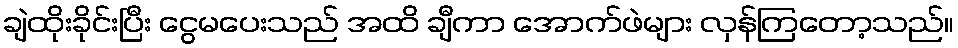
ချဲထိုးခိုင်းပြီး ငွေမပေးသည် အထိ ချီကာ အောက်ဖဲများ လှန်ကြတော့သည်။